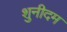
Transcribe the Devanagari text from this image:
शुनीदम